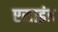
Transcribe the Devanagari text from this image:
एसाइंड